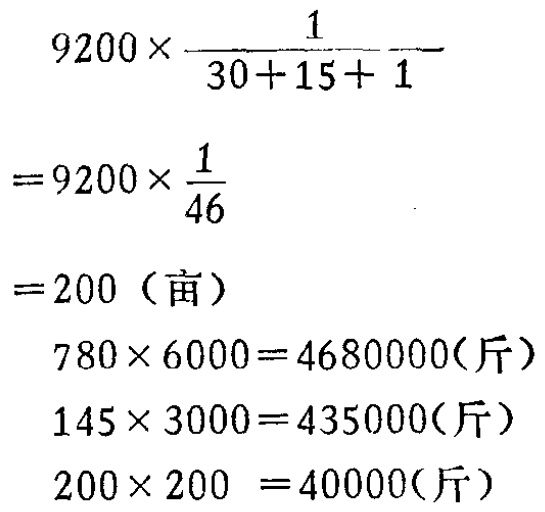
\[

\begin{align*}

&9200\times\frac{1}{30 + 15+1}\\

=&9200\times\frac{1}{46}\\

=&200 \text{（亩）}\\

&780\times6000 = 4680000\text{（斤）}\\

&145\times3000 = 435000\text{（斤）}\\

&200\times200 = 40000\text{（斤）}

\end{align*}

\]